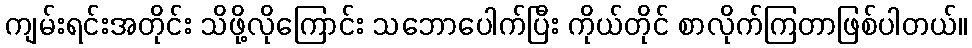
ကျမ်းရင်းအတိုင်း သိဖို့လိုကြောင်း သဘောပေါက်ပြီး ကိုယ်တိုင် စာလိုက်ကြတာဖြစ်ပါတယ်။